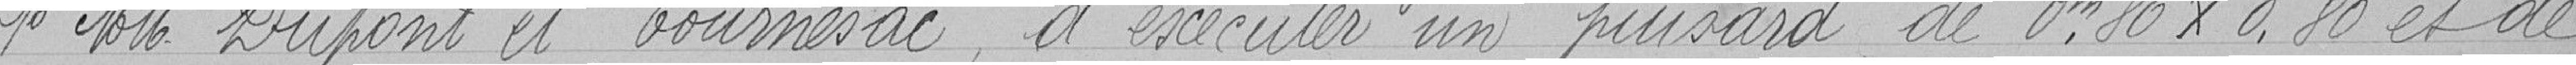
Premièrement, messieurs Dupont et Tournesac d'exécuter un puisard de 0,80 x 0,80 mètres et de